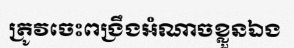
ត្រូវចេះពង្រឹងអំណាចខ្លួនឯង